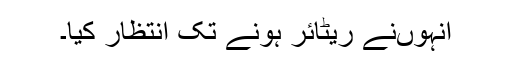
انہوں‌نے ریٹائر ہونے تک انتظار کیا۔